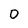
Character: 0